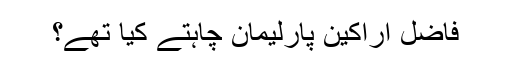
فاضل اراکین پارلیمان چاہتے کیا تھے؟